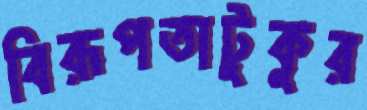
বিরূপতাটুকুর